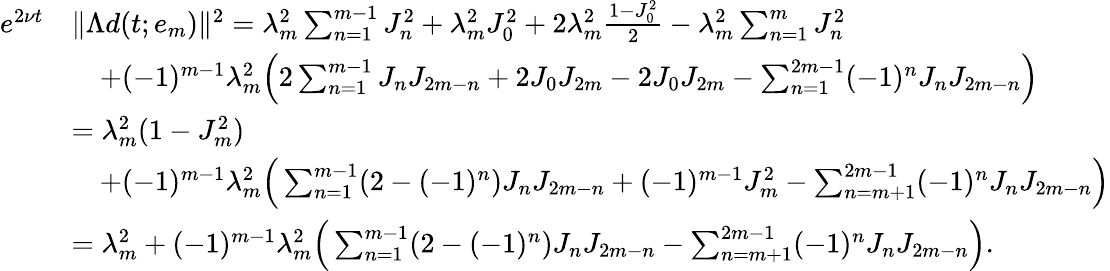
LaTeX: \begin{array}{rl}{e^{2\nu t}}&{\| \Lambda d(t;e_{m})\| ^{2}=\lambda_{m}^{2}\sum_{n=1}^{m-1}J_{n}^{2}+\lambda_{m}^{2}J_{0}^{2}+2\lambda_{m}^{2}\frac{1-J_{0}^{2}}{2}-\lambda_{m}^{2}\sum_{n=1}^{m}J_{n}^{2}}\\ &{\quad+(-1)^{m-1}\lambda_{m}^{2}\Big(2\sum_{n=1}^{m-1}J_{n}J_{2m-n}+2J_{0}J_{2m}-2J_{0}J_{2m}-\sum_{n=1}^{2m-1}(-1)^{n}J_{n}J_{2m-n}\Big)}\\ &{=\lambda_{m}^{2}(1-J_{m}^{2})}\\ &{\quad+(-1)^{m-1}\lambda_{m}^{2}\Big(\sum_{n=1}^{m-1}(2-(-1)^{n})J_{n}J_{2m-n}+(-1)^{m-1}J_{m}^{2}-\sum_{n=m+1}^{2m-1}(-1)^{n}J_{n}J_{2m-n}\Big)}\\ &{=\lambda_{m}^{2}+(-1)^{m-1}\lambda_{m}^{2}\Big(\sum_{n=1}^{m-1}(2-(-1)^{n})J_{n}J_{2m-n}-\sum_{n=m+1}^{2m-1}(-1)^{n}J_{n}J_{2m-n}\Big).}\end{array}